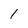
Character: 1